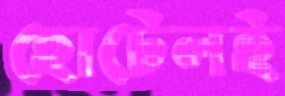
হোটেলই